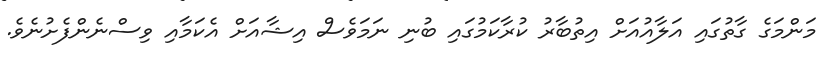
މަންމަގެ ގާތުގައި އަލާއުއަށް އިތުބާރު ކުރާކަމުގައި ބުނި ނަމަވެސް އިޝާއަށް އެކަމާއި ވިސްނެންފެށުނެވެ.